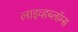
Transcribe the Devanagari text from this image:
लाइव्हब्लॉग्स